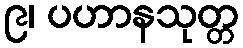
၉၊ ပဟာနသုတ္တ